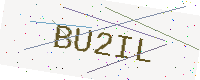
Text: BU2IL